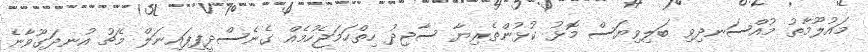
މައުލޫމާތު މުއްސަނދިވި ބަލިވިޔަސް މޮޅު ކުޅުންތެރިޔާ ސާޖިދު ހިތްހަމަޖެހުމެއް ގެނެސްދީފިފައިނަލް މެޗު އުނދަގޫވާނެ